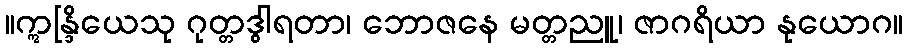
။ဣန္ဒြိယေသု ဂုတ္တဒွါရတာ၊ ဘောဇနေ မတ္တညူ၊ ဇာဂရိယာ နုယောဂ။